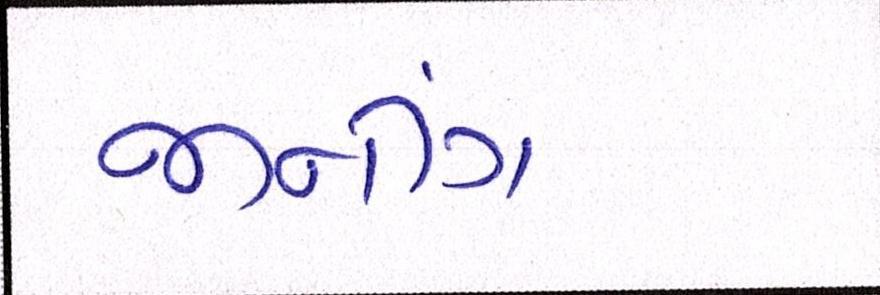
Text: જીનીંગ